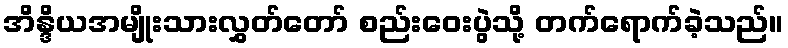
အိန္ဒိယအမျိုးသားလွှတ်တော် စည်းဝေးပွဲသို့ တက်ရောက်ခဲ့သည်။